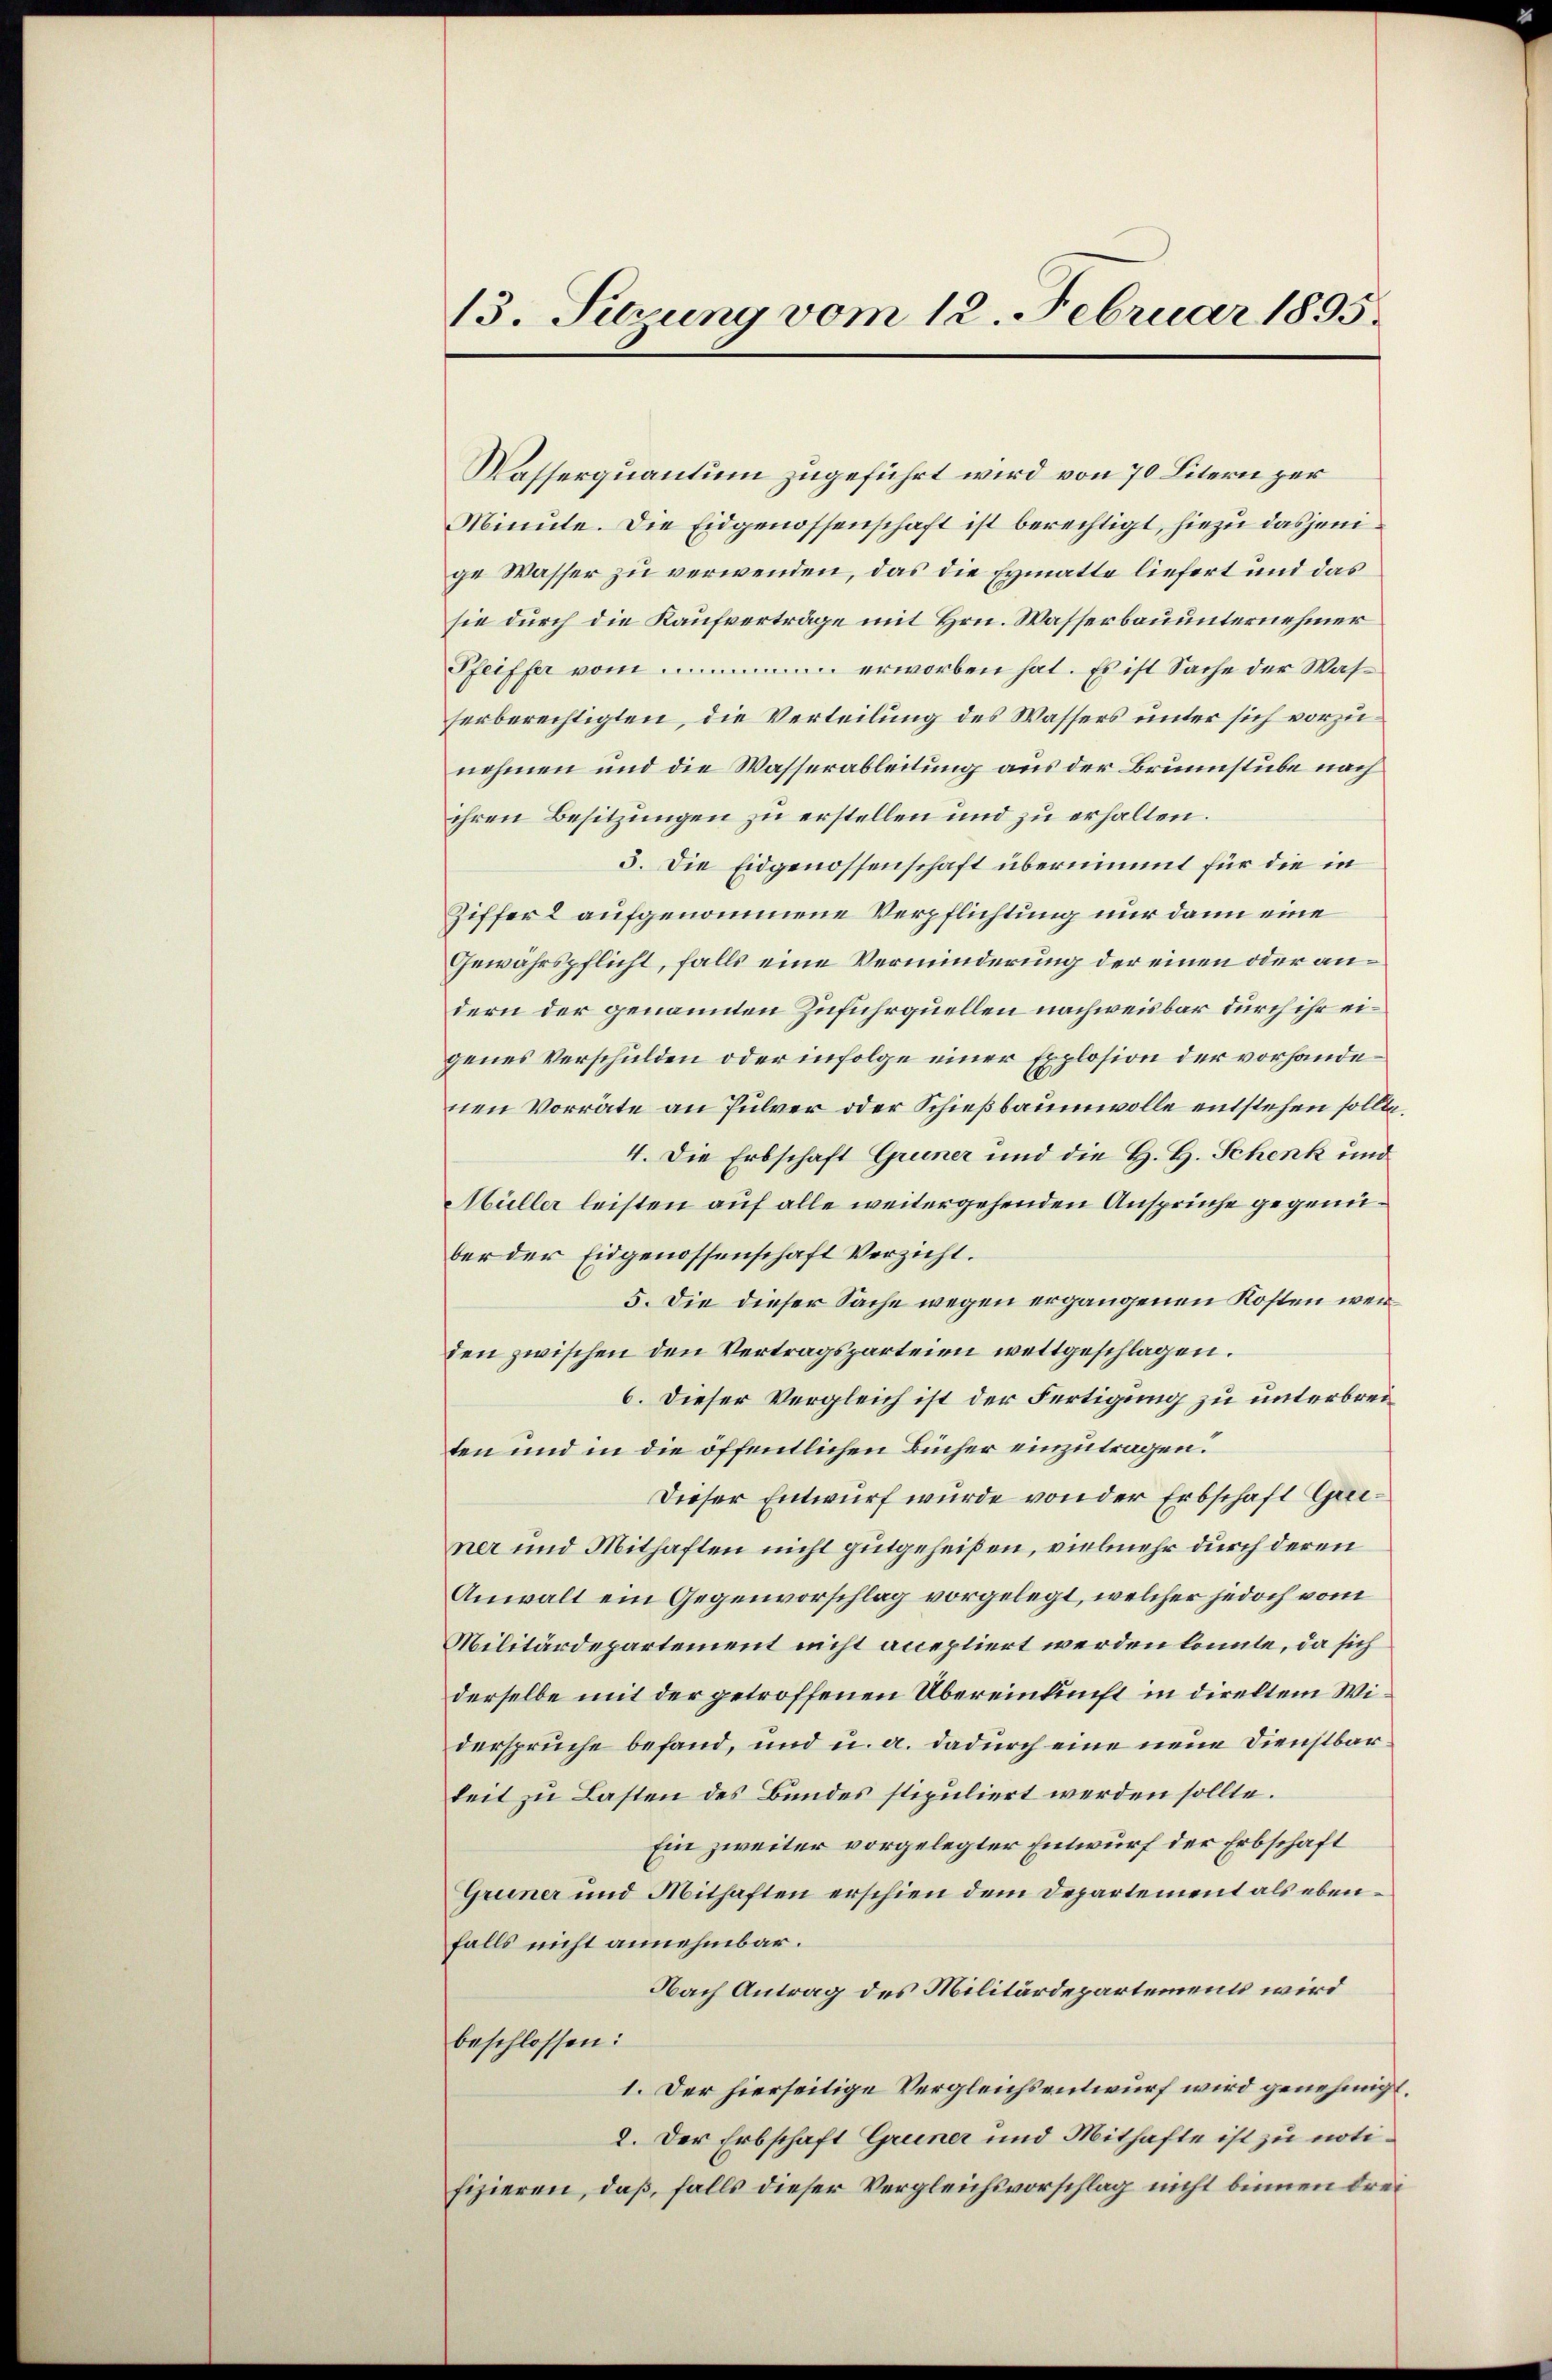
Kasserquantum zugeführt wird von 70 Litern per
Minute. Die Eidgenossenschaft ist berechtigt, hiezu dasjenige Wasser zu verwenden, das die Eymatte liefert und das
sie durch die Kaufverträge mit Hrn. Wasserbauunternehmer
Pfeiffer vom erworben hat. Es ist Sache der Wasserberechtigten, die Verteilung des Wassers unter sich vorzunehmen und die Wasserableitung aus der Brunnstube nach
ihren Besitzungen zu erstellen und zu erhalten.
5. Die Eidgenossenschaft übernimmt für die in
Ziffer 2 aufgenommene Verpflichtung nur dann eine
Gewährspflicht, falls eine Verminderung der einen oder andern der genannten Zuführquellen nachweisbar durch ihr eigenes Verschulden oder infolge einer Explosion der vorhandenen Vorräte an Pulver oder Schießbaumwolle entstehen sollte.
4. Die Erbschaft Grüner und die H. H. Schenk und
Müller leisten auf alle weitergehenden Ansprüche gegenüber der Eidgenossenschaft Verzicht.
5. Die dieser Sache wegen ergangenen Kosten werden zwischen den Vertragsparteien wettgeschlagen.
6. Dieser Vergleich ist der Fertigung zu unterbreiten und in die öffentlichen Bücher einzutragen.
Dieser Entwurf wurde von der Erbschaft Greiner und Mithaften nicht gutgeheißen, vielmehr durch deren
Anwalt ein Gegenvorschlag vorgelegt, welcher jedoch vom
Militärdepartement nicht acceptiert werden könnte, da sich
derselbe mit der getroffenen Übereinkunft in direktem Wiverspruche befand, und u. a. dadurch eine neue Dienstbarkeit zu Lasten des Bundes stipuliert werden sollte.
Ein zweiter vorgelegter Entwurf der Erbschaft
Gruner und Mithaften erschien dem Departement als ebenfalls nicht annehmbar.
Nach Antrag des Militärdepartement wird
beschlossen:
I. Der hierseitige Vergleichsentwurf wird genehmigt.
2. Der Erbschaft Greiner und Mithafte ist zu notifizieren, daß, falls dieser Vergleichsvorschlag nicht binnen drei

13. Setzung vom 12. Februar 1895.